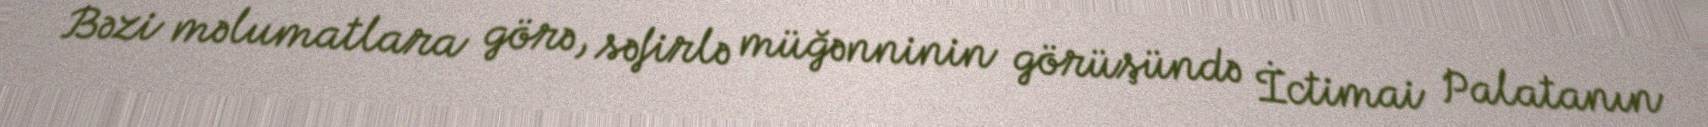
Bəzi məlumatlara görə, səfirlə müğənninin görüşündə İctimai Palatanın